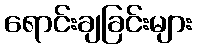
ရောင်းချခြင်းများ